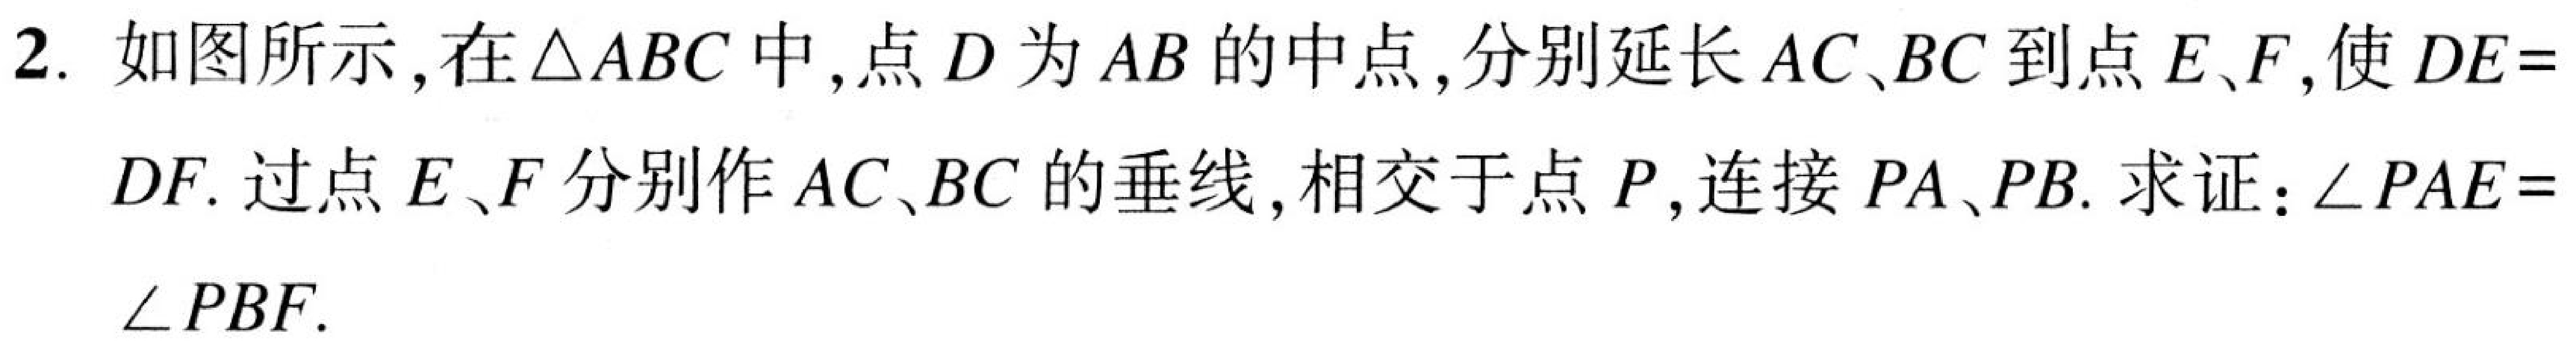
2. 如图所示,在$\triangle ABC$中,点$D$为$AB$的中点,分别延长$AC、BC$到点$E、F$,使$DE = $
$DF$. 过点$E、F$分别作$AC、BC$的垂线,相交于点$P$,连接$PA、PB$. 求证：$\angle PAE=$
$\angle PBF$.